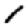
Digit: 1